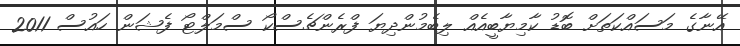
އޭނާގެ މަސައްކަތަށް ބޮޑު ކާމިޔާބީއެއް ލިބެމުންދިޔަ ފްރެންޗެސްކޯ ސްމަލްޓޯ ފެޝަން ހައުސް 2011